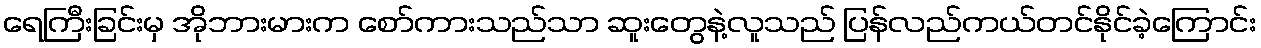
ရေကြီးခြင်းမှ အိုဘားမားက စော်ကားသည်သာ ဆူးတွေနဲ့လူသည် ပြန်လည်ကယ်တင်နိုင်ခဲ့ကြောင်း